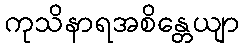
ကုသိနာရအစိန္တေယျာ